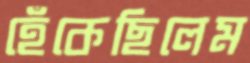
হেঁকেছিলেম